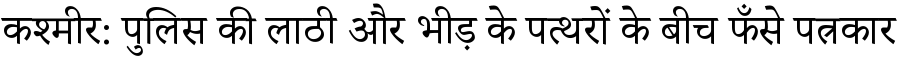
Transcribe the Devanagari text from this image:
कश्मीर: पुलिस की लाठी और भीड़ के पत्थरों के बीच फँसे पत्रकार